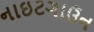
નાઇટગાઉન